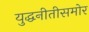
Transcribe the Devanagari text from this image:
युद्धनीतीसमोर